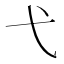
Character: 弋